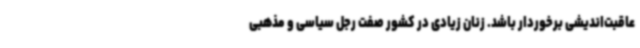
عاقبت‌اندیشی برخوردار باشد. زنان زیادی در کشور صفت رجل سیاسی و مذهبی